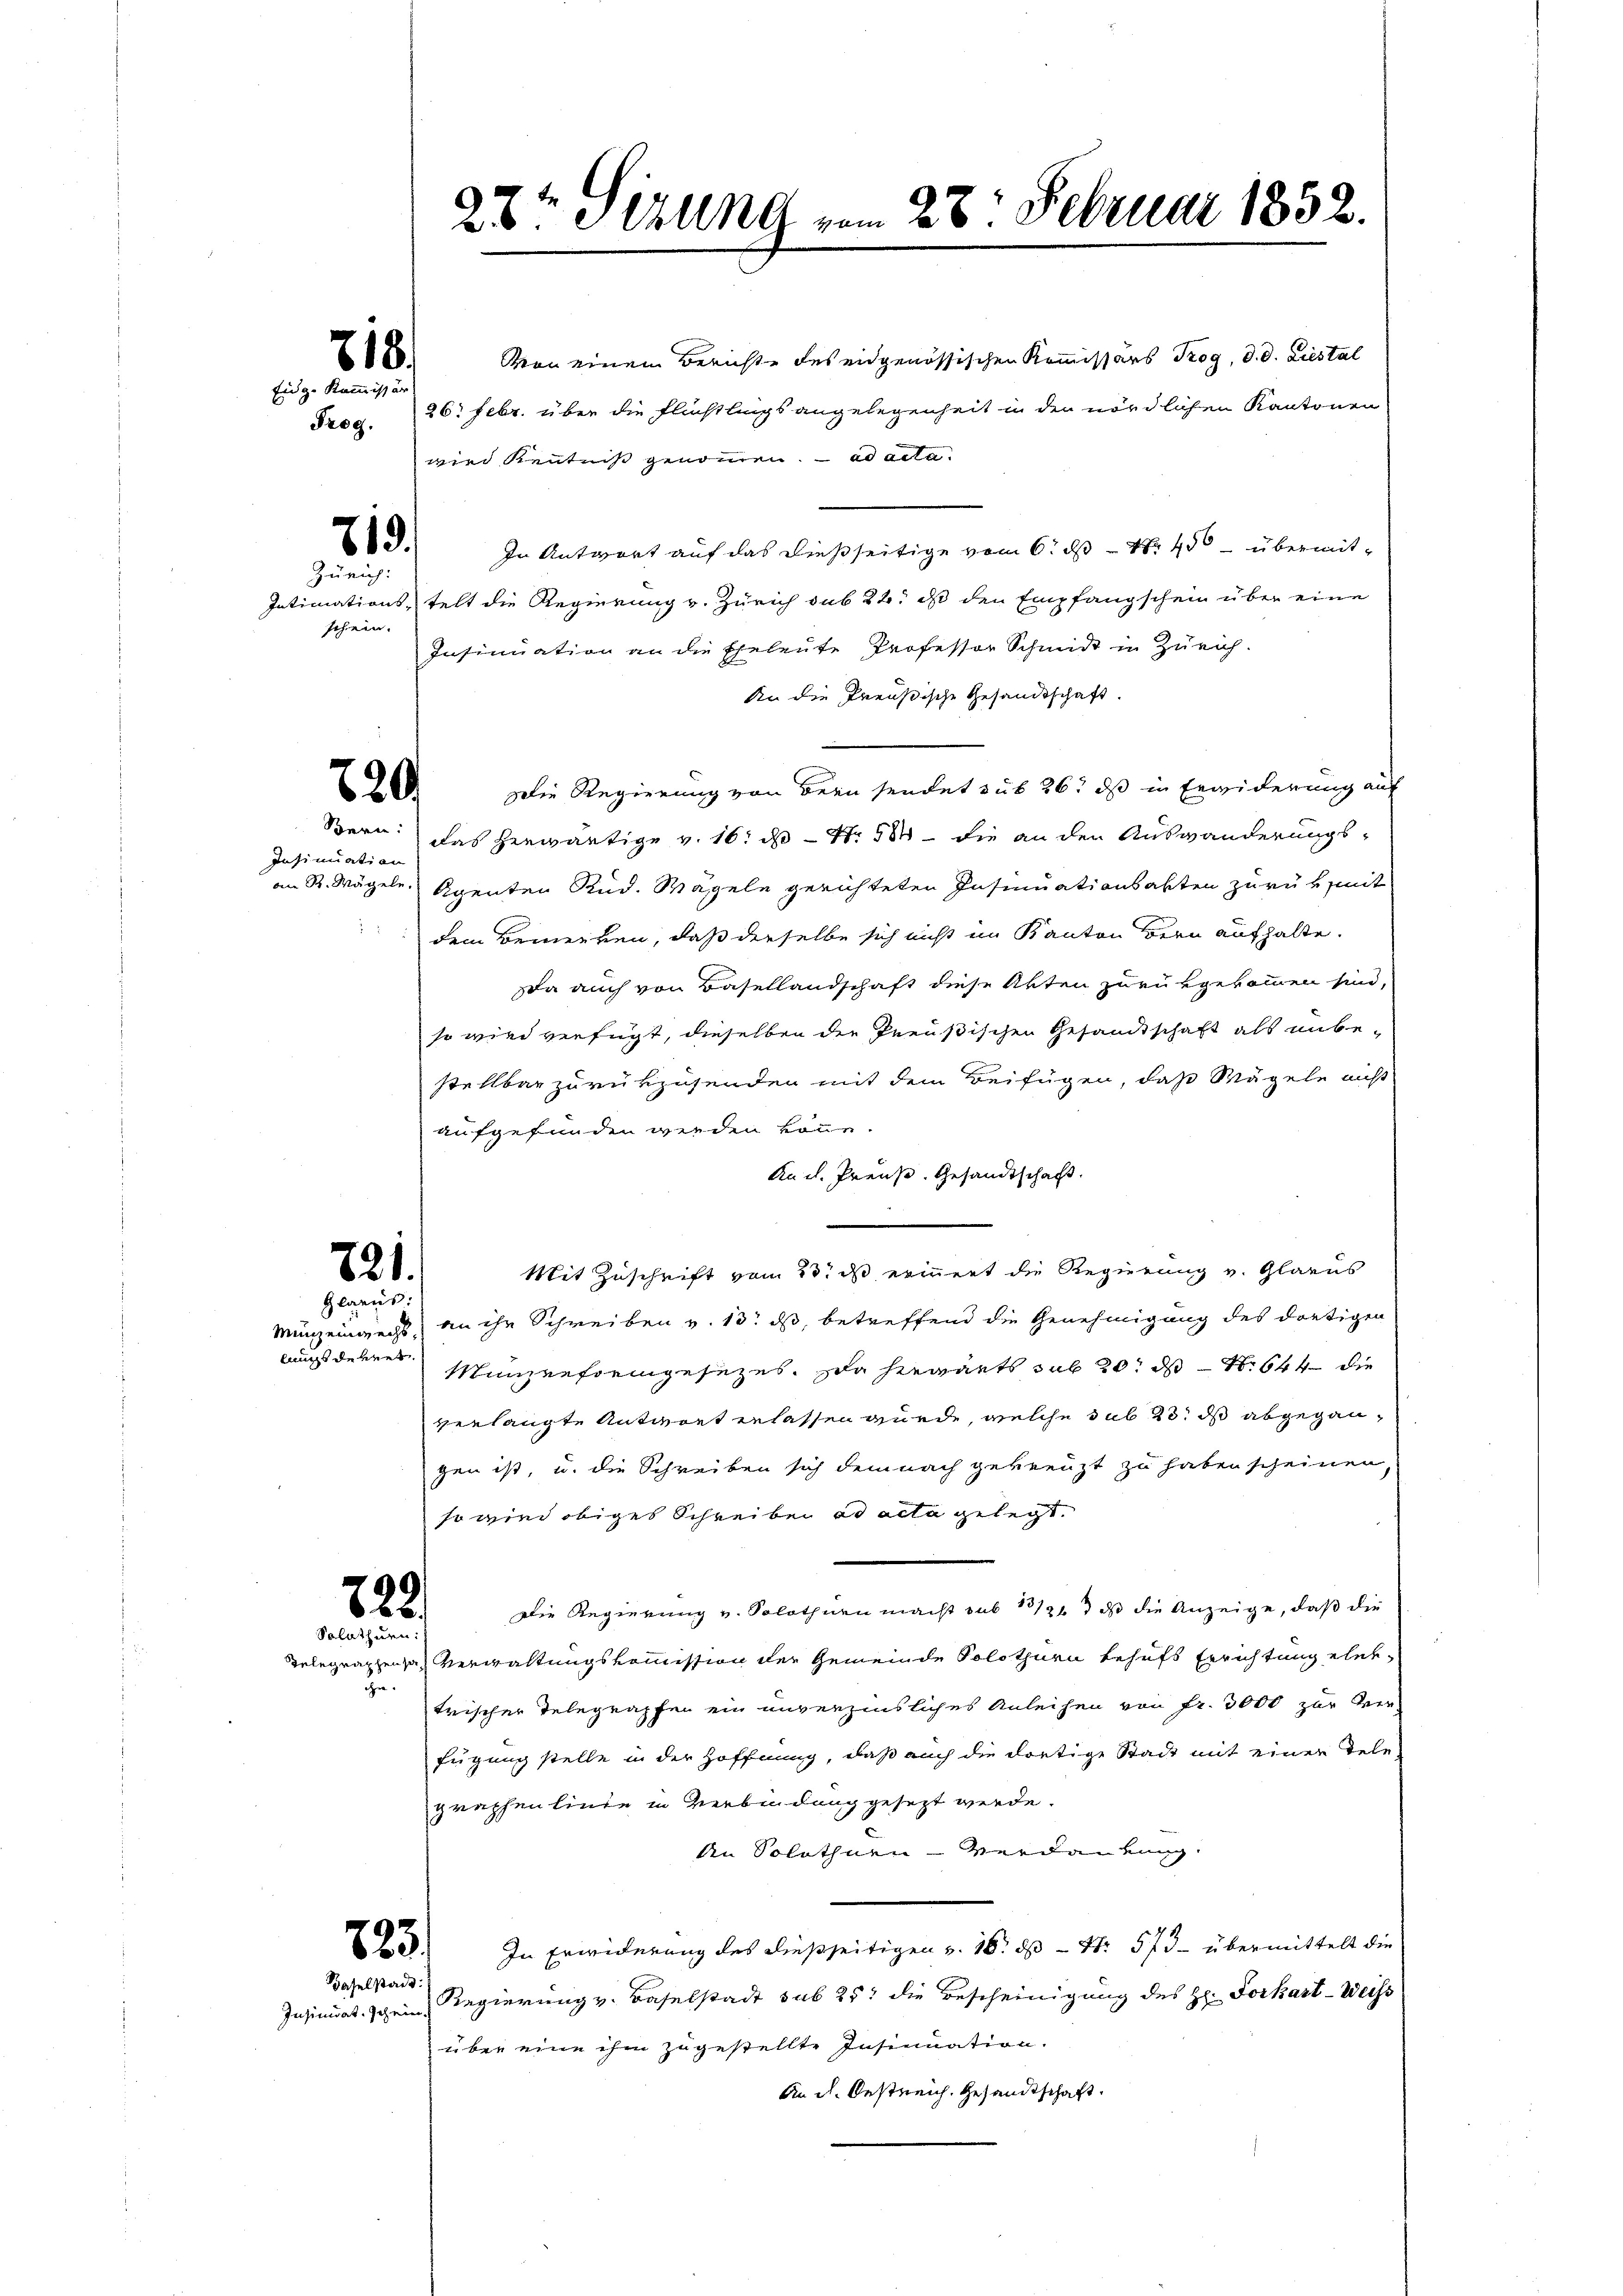
818.
Eidg. Kommissär

Frog.

713.
Zürich:

schein.

829

Insinuation
an R. Mägeln.

28t thung vom 28. Februar 1832.

Von einen Berichte des eidgenössischen Kommissärs Trog, d. d. Liestal
26. Febr. über die Fliestlings angelegenheit in der nördlichen Kantonen
wird Kenntniß genommen. ad acta
In Antwort auf das dießseitige vom 6. ds Nr. 400 übermit¬
Intimations-telt die Regierung v. Zürich sub 22. ds den Empfangschein über eine
Insinuation an die Eheleute Professor Schmidt in Zürich-
An die Preußische Gesandtschaft.
Die Regierung von Bern sendet sub 26. ds in Erwiderung auf
Bern: das herwärtige v. 16. ds N. 584 die an den Auswanderungs-
Agenten Stud. Wägeln gerichteten Insinuationsakten zurükst
dem Bemerken, daß derselbe sich nicht im Kanton Bern aufhalte.
a auch von Basellandschaft diese Akten zurükgekommen sind,
so wird verfügt, dieselben die Preußischen Gesandtschaft als unbe-
stellbar zurükzusenden mit dem Beifügen, daß Mägeln nicht
aufgefunden werden könne.
And. Preuß. Gesandtschaft.
Mit Zuschrift vom 23. ds erinnert die Regierung v. Glarus
821.
Glarus:
an ihr Schreiben v. 13. ds, betreffend die Genehmigung des dortigen
Münz einwechs,
lungs deren
Münzenformgesezes. Da hergärts sub 20. ds N. 644 die
verlangte Antwort erlassen wurde, welche sub 23. ds abgegangen ist, u. die Schreiben sich demnach gekreuzt zu haben scheinen,
so wird obiges Schreiben ad acta gelegt.
g
825.
Die Regierung v. Solothurn macht sub 13/31 ds die Anzeige, daß die
Solothurn.
Telegraphen Verwaltungskommission der Gemeinde Solothurn behufs Errichtung eherche.
trischen Telegrapfen ein unverzinsliches Anleihen von Fr. 3000 zur Ver-
fügung stelle in der Hoffnung, daß auch die dortige Stadt mit einer Tele
graphenlinde in Verbindung gesezt werde.
An Solothuen- Verdankung:
9) In Erwiderung des dießseitigen v. 16. ds. - Nr. 573 - übermittelt die
Baselstadt.
Insinuat, schein Regierung v. Baselstadt sub 25: die Bescheinigung des H. Forkart-Weiss
über eine ihm zugestellte Insinuation.
An d. Oestreich, Gesandtschaft.